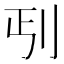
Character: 𱐒